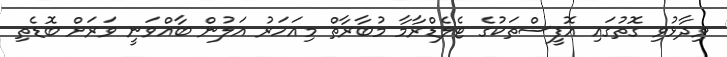
ވިދާޅުވި ގޮތުގައި އޮފީސްތަކުގެ ޓެލެޑްރާމާ މުބާރާތް މިއަހަރު އަލުން ބާއްވަނީ ވަރަށް ބޮޑެތި